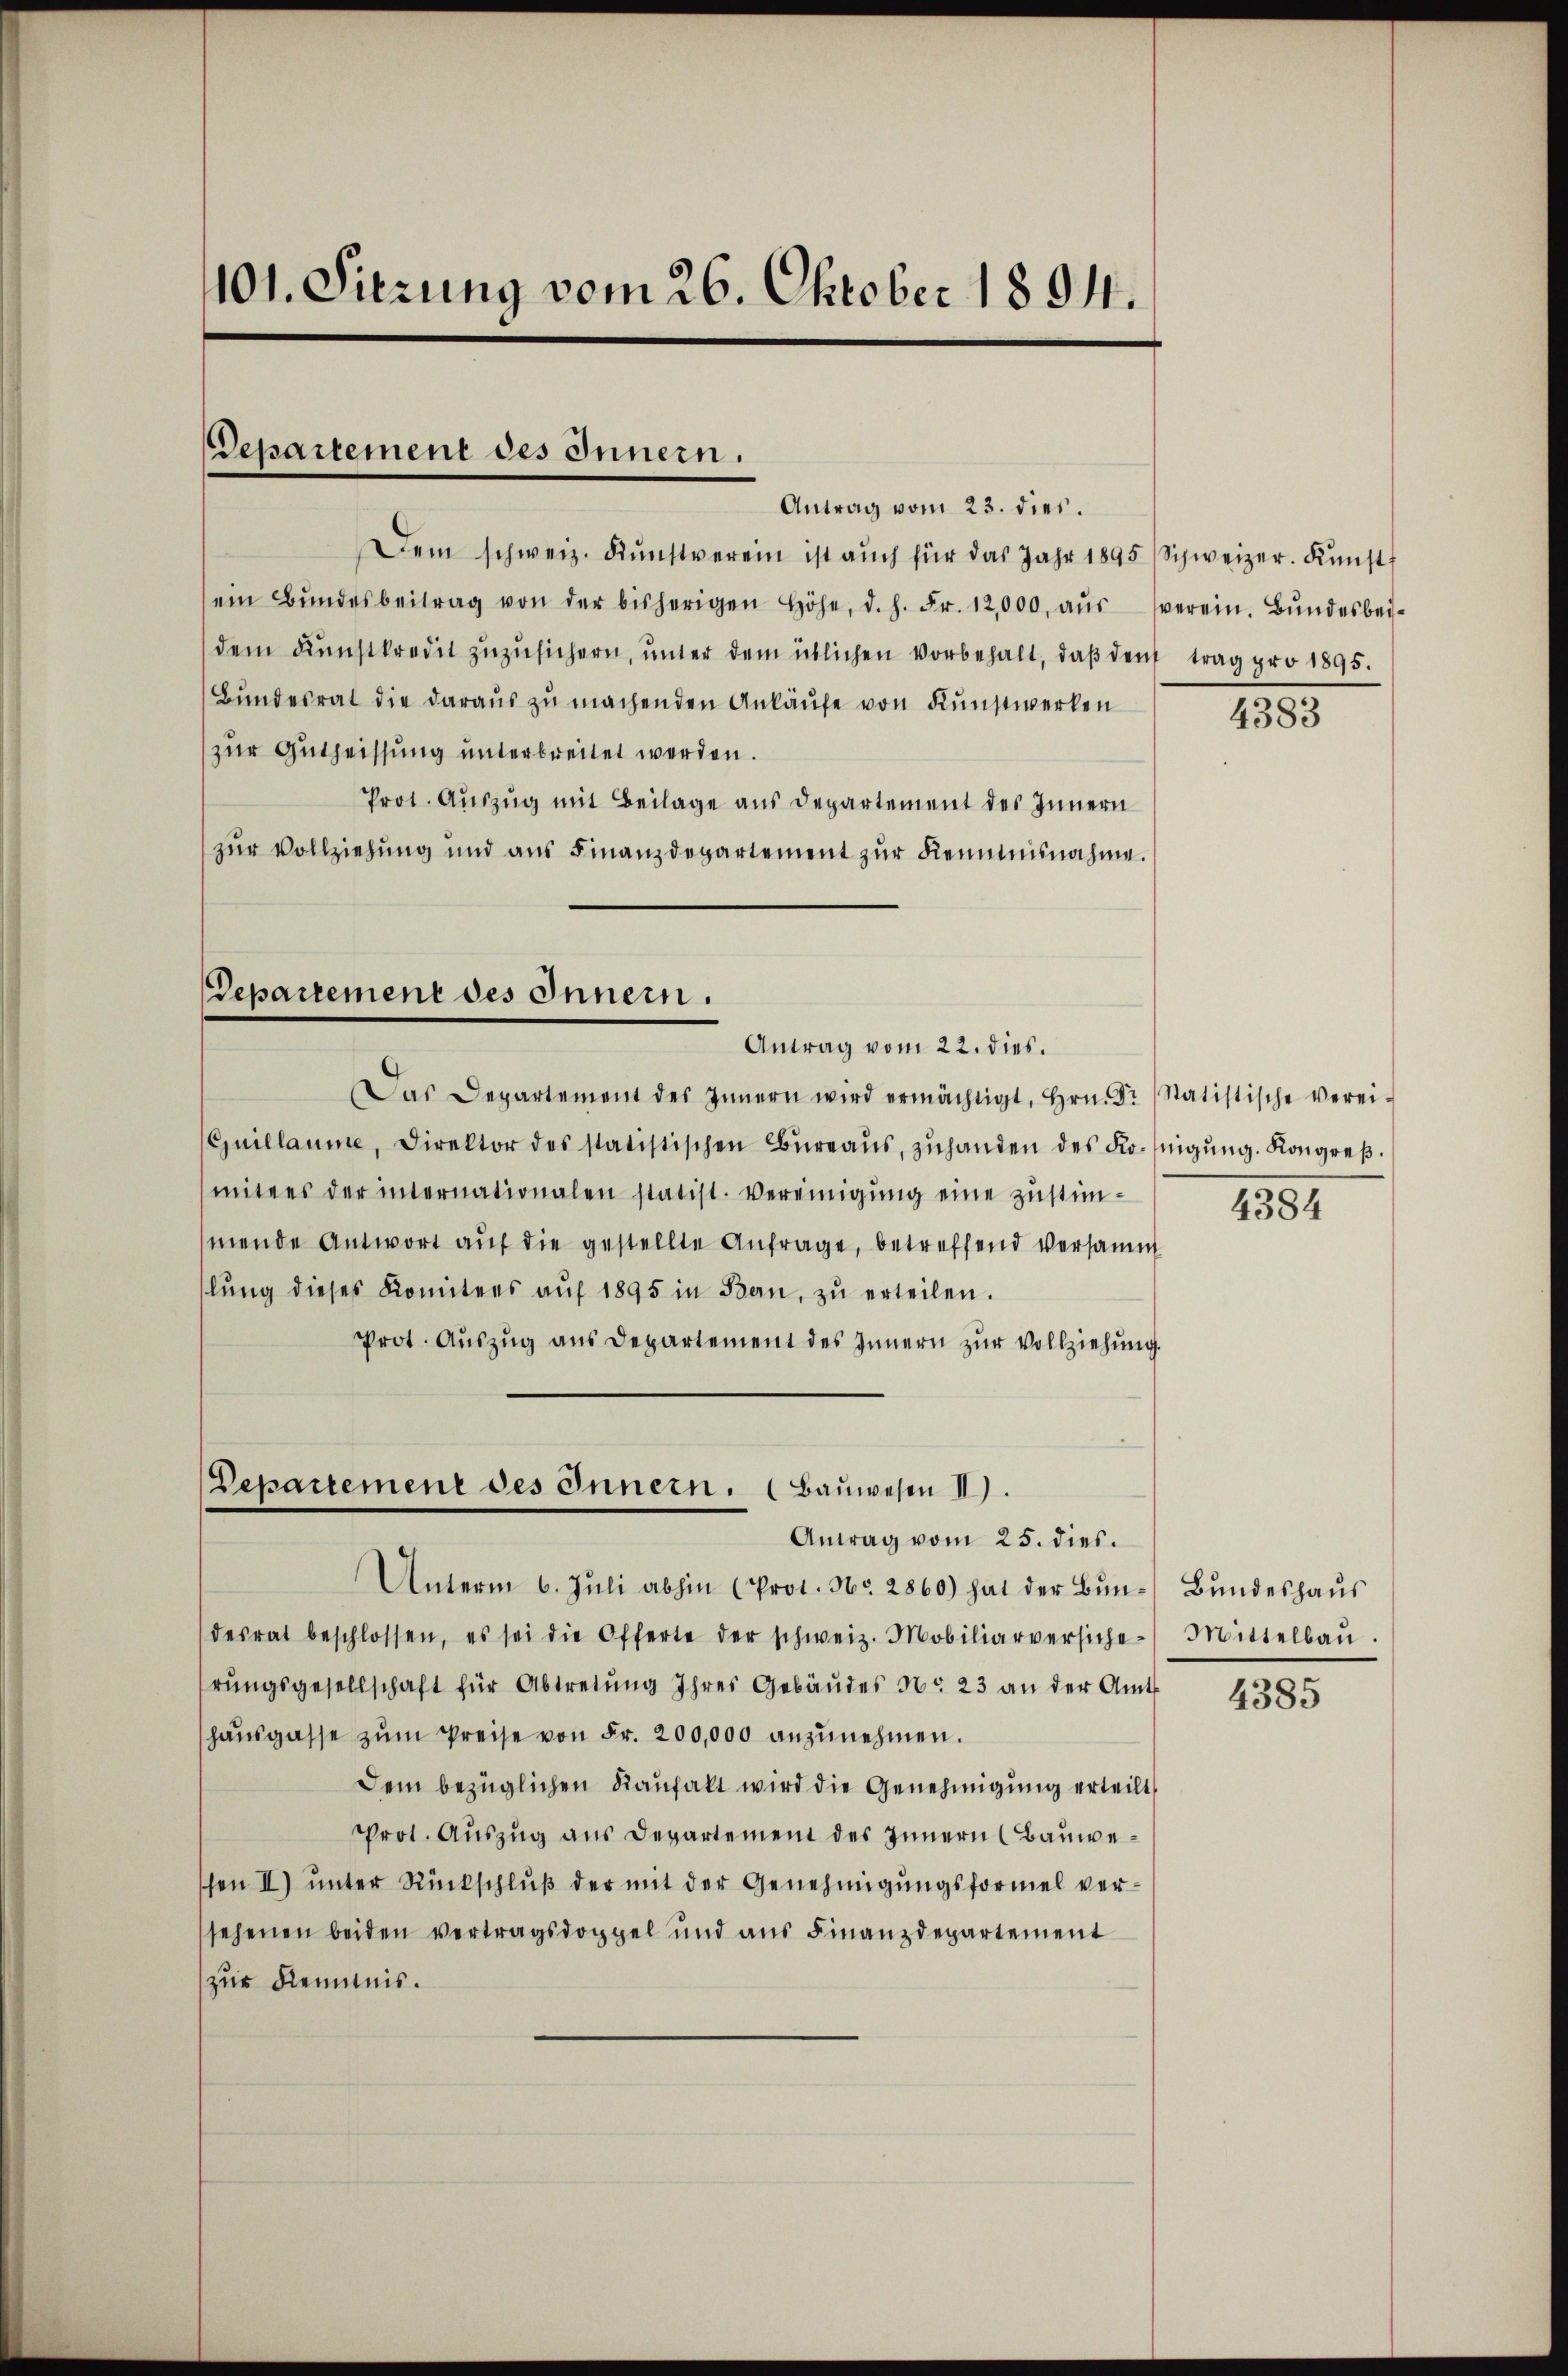
101. Sitzung vom 26. Oktober 1894.

Departement des Innern.

Antrag vom 23. dies.
Dem schweiz. Kŭnstverein ist aŭch für das Jahr 1895 Schweizer. Kŭnst
sein Bŭndesbeitrag von der bisherigen höhe, d. h. Fr. 12,000. aŭs verein. Bŭndesbei-
dem Kunstkredit zŭzŭsichern, ŭnter dem üblichen Vorbehalt, daβ den trag pro 1895.
Bundesrat die daraus zu machenden Ankäufe von Kunstwerken
zur Gutheissung unterbreitet werden.
Prot. Auszug mit Beilage aus Departement des Innern
zur Vollziehung und aus Finanzdepartement zur Kenntnisnahme.
Departement des Innern.
Antrag vom 22. dies.
Das Departement des Innern wird ermächtigt, Hrn. Dr Statistische verei-
Guillaume, Direktor des statistischen Büreaŭs, zŭhanden des Konigŭng. Kongreβ.
mitees der internationalen statist. Vereinigŭng eine zŭstim-
mende Antwort auf die gestellte Anfrage, betreffend versammt
lŭng dieses Komitees aŭf 1895 in Bern, zŭ erteilen.
Prot. Aŭszŭg ans Departement des Innern zŭr Vollziehŭng.

Departement des Innern. (Bauwesen II
Antrag vom 25. dies.

Unterm 6. Jŭli abhin (Prot. Nr. 2860) hat der Bŭn-
desrat beschlossen, es sei die Offerte der schweiz. Mobiliarversiche-
rŭngsgesellschaft für Abtretŭng Ihres Gebäŭdes Nr. 23 an der Amts
haŭsgasse zŭm Preise von Fr. 200,000 anzŭnehmen.
Dem bezüglichen Kaufakt wird die Genehmigung erteilt,
Prot. Auszug aus Departement des Innern (Bauweschen II) ŭnter Rückschlŭβ der mit der Genehmigŭngsformel ver-
sehenen beiden vertragsdoppel und aus Finanzdepartement
zur Kenntnis.

4383

4384

Bundeshaus
Mittelbau.

4385